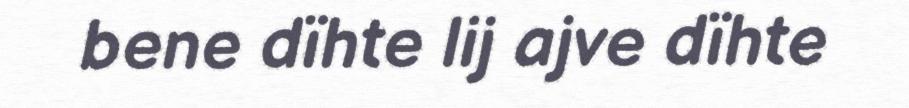
bene dïhte lij ajve dïhte